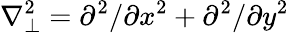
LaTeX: \nabla_{\bot}^{2}=\partial^{2}/\partial x^{2}+\partial^{2}/\partial y^{2}